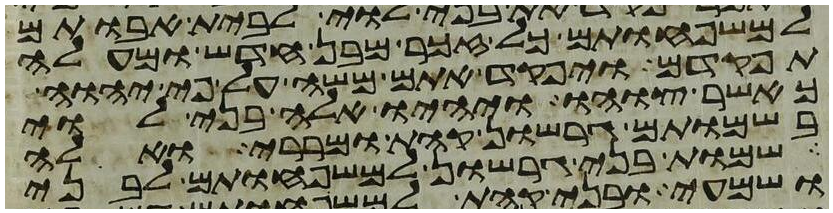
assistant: למשפחותם כל זכר מבן חדש ומעלה
תפקדם ויפקד אתם משה על פי יהוה
כאשר צוהו ויהיו אלה בני לוי
בשמותם גרשון קהת ומררי ואלה
שמות בני גרשון למשפחותם לבני